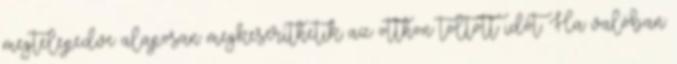
megtelepedve alaposan megkeseríthetik az otthon töltött időt. Ha valóban